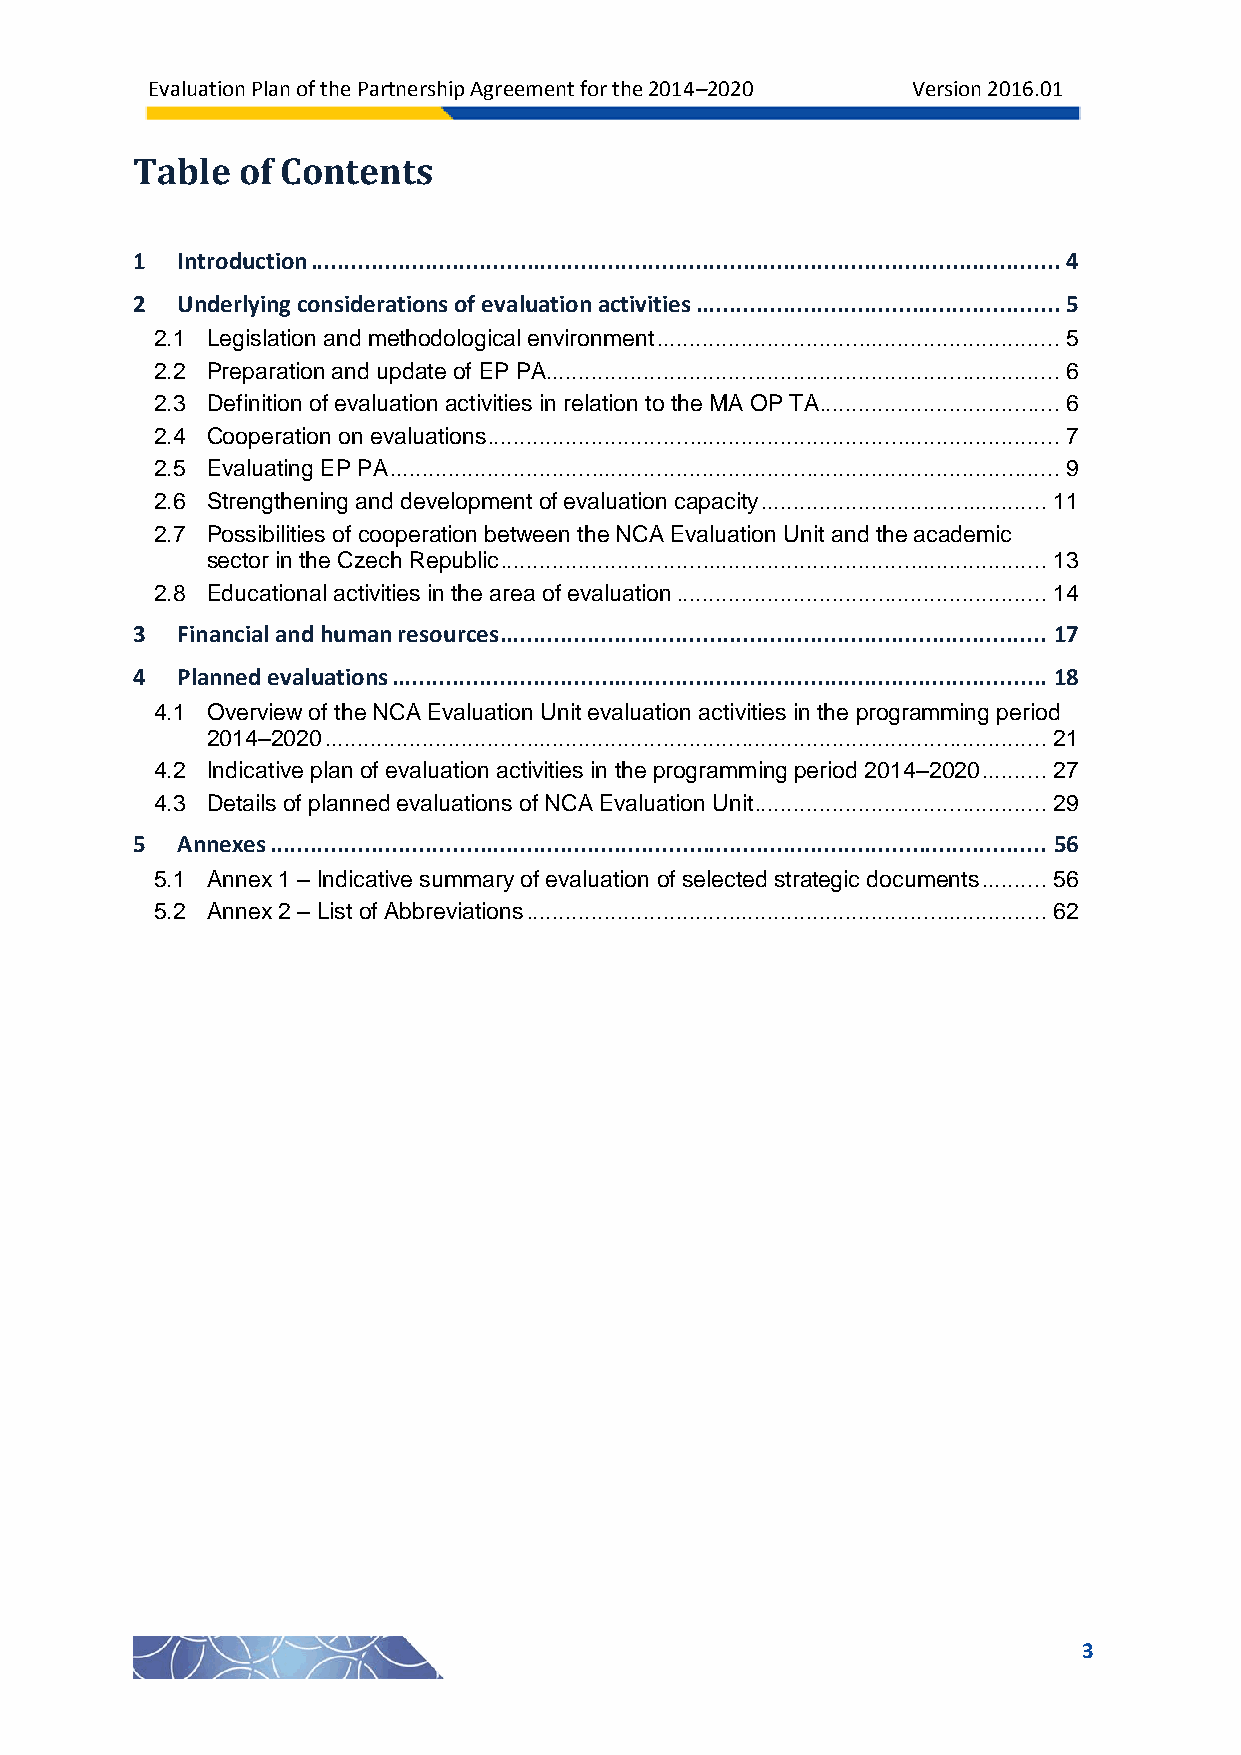
Evaluation Plan of the Partnership Agreement for the 2014–2020 Version 2016.01
 Table  of Contents
 1  Introduction ............................................................................................................... 4
 2  Underlying considerations of evaluation activities ...................................................... 5
 2.1 Legislation and methodological environment .............................................................. 5
 2.2 Preparation and update of EP PA ............................................................................... 6
 2.3 Definition of evaluation activities in relation to the MA OP TA ..................................... 6
 2.4 Cooperation on evaluations ........................................................................................ 7
 2.5 Evaluating EP PA ....................................................................................................... 9
 2.6 Strengthening and development of evaluation capacity ............................................ 11
 2.7 Possibilities of cooperation between the NCA Evaluation Unit and the academic
 sector in the Czech Republic .................................................................................... 13
 2.8 Educational activities in the area of evaluation ......................................................... 14
 3  Financial and human resources ................................................................................. 17
 4  Planned evaluations ................................................................................................. 18
 4.1 Overview of the NCA Evaluation Unit evaluation activities in the programming period
 2014–2020 ............................................................................................................... 21
 4.2 Indicative plan of evaluation activities in the programming period 2014–2020 .......... 27
 4.3 Details of planned evaluations of NCA Evaluation Unit ............................................. 29
 5  Annexes ................................................................................................................... 56
 5.1 Annex 1 – Indicative summary of evaluation of selected strategic documents .......... 56
 5.2 Annex 2 – List of Abbreviations ................................................................................ 62
 3